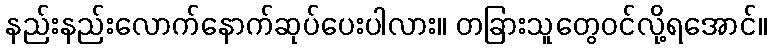
နည်းနည်းလောက်နောက်ဆုပ်ပေးပါလား။ တခြားသူတွေဝင်လို့ရအောင်။